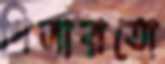
গিলারতো